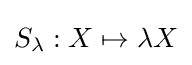
S_{\lambda }:X\mapsto \lambda X